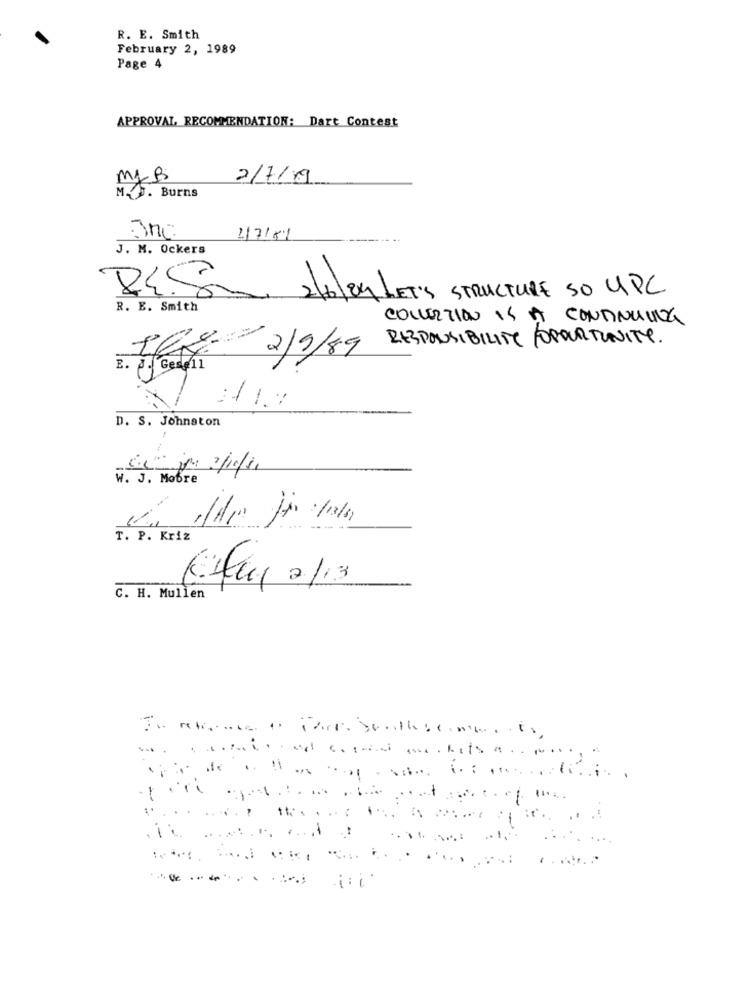
R. E. Smith
February 2, 1989
Page 4
APPROVAL, RECOMMENDATION: Dart Contest
my B
2/7/19
M.S. Burns
3Mc
2/7151
--- ..
J. M. Ockers
74.5
2/6/24 LET'S STRUCTURE SO UPC
R. E. Smith
COLLECTION IS A CONTINUING
2/9/89 RESPONSIBILITY /OPPORTUNITY.
E. P.f Gesell
D. S. Johnston
W. J. Mobre
T. P. Kriz
( Muy 2/13
C. H. Mullen
... .
...
..
iii